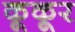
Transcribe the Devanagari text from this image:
कूकूर